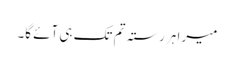
میرا ہر رستہ تم تک ہی آئے گا۔